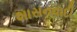
શાસનવાદી